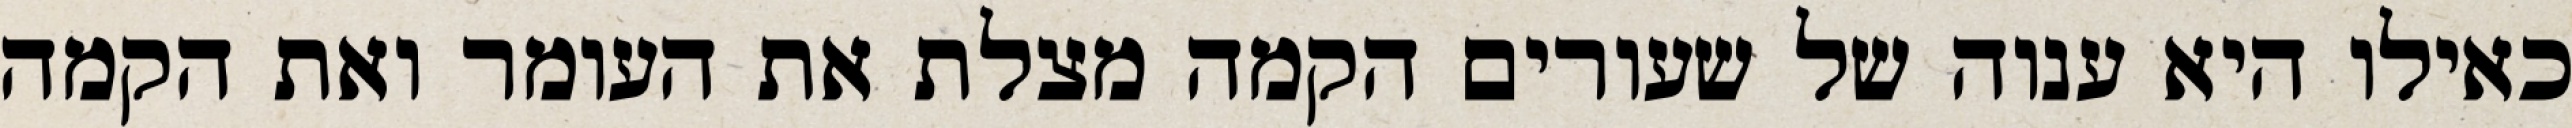
כאילו היא ענוה של שעורים הקמה מצלת את העומר ואת הקמה